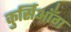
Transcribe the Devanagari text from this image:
कुर्सिआँग